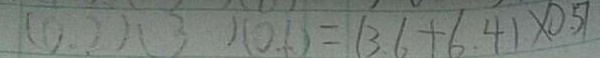
( 0 . 2 ) ( 3 ) ( 0 . 1 ) = ( 3 . 6 + 6 . 4 ) \times 0 . 5 7